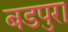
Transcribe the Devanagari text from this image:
बडपुरा